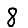
Digit: 8